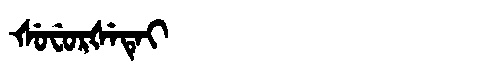
Manchu: ᡧᡠᠸᡠᡵᡧᡝᡨᡝᡳ
Romanization: ŠUFURŠETEI